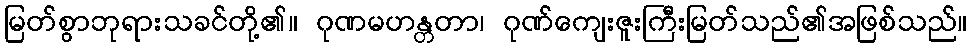
မြတ်စွာဘုရားသခင်တို့၏။ ဂုဏမဟန္တတာ၊ ဂုဏ်ကျေးဇူးကြီးမြတ်သည်၏အဖြစ်သည်။